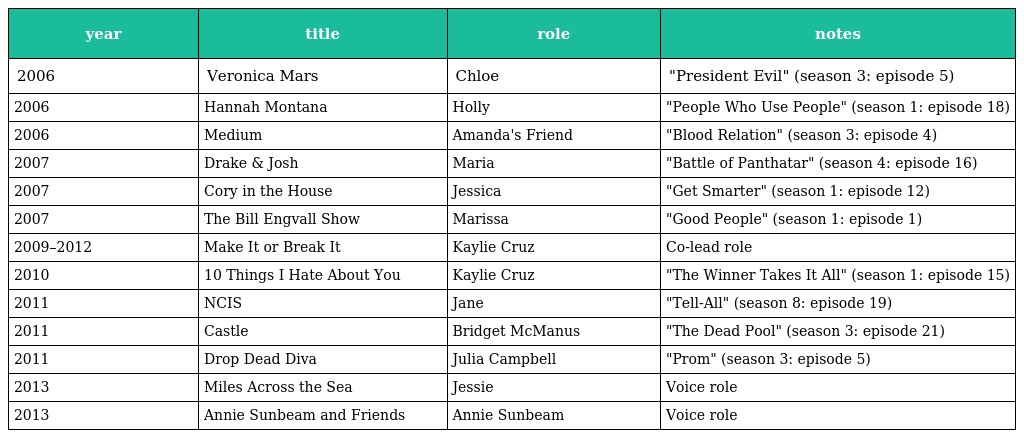
| year | title | role | notes |
 | --- | --- | --- | --- |
 | 2006 | Veronica Mars | Chloe | "President Evil" (season 3: episode 5) |
 | 2006 | Hannah Montana | Holly | "People Who Use People" (season 1: episode 18) |
 | 2006 | Medium | Amanda's Friend | "Blood Relation" (season 3: episode 4) |
 | 2007 | Drake & Josh | Maria | "Battle of Panthatar" (season 4: episode 16) |
 | 2007 | Cory in the House | Jessica | "Get Smarter" (season 1: episode 12) |
 | 2007 | The Bill Engvall Show | Marissa | "Good People" (season 1: episode 1) |
 | 2009–2012 | Make It or Break It | Kaylie Cruz | Co-lead role |
 | 2010 | 10 Things I Hate About You | Kaylie Cruz | "The Winner Takes It All" (season 1: episode 15) |
 | 2011 | NCIS | Jane | "Tell-All" (season 8: episode 19) |
 | 2011 | Castle | Bridget McManus | "The Dead Pool" (season 3: episode 21) |
 | 2011 | Drop Dead Diva | Julia Campbell | "Prom" (season 3: episode 5) |
 | 2013 | Miles Across the Sea | Jessie | Voice role |
 | 2013 | Annie Sunbeam and Friends | Annie Sunbeam | Voice role |